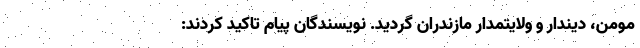
مومن، دیندار و ولایتمدار مازندران گردید. نویسندگان پیام تاکید کردند: